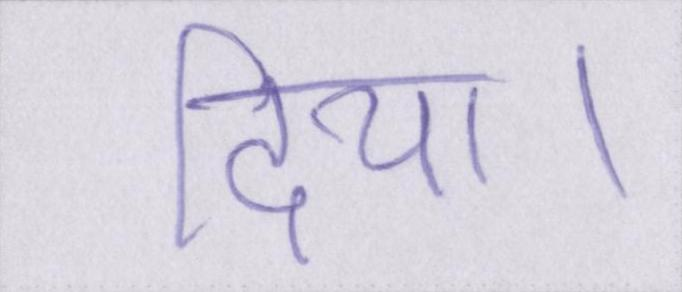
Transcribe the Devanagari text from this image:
दिया।